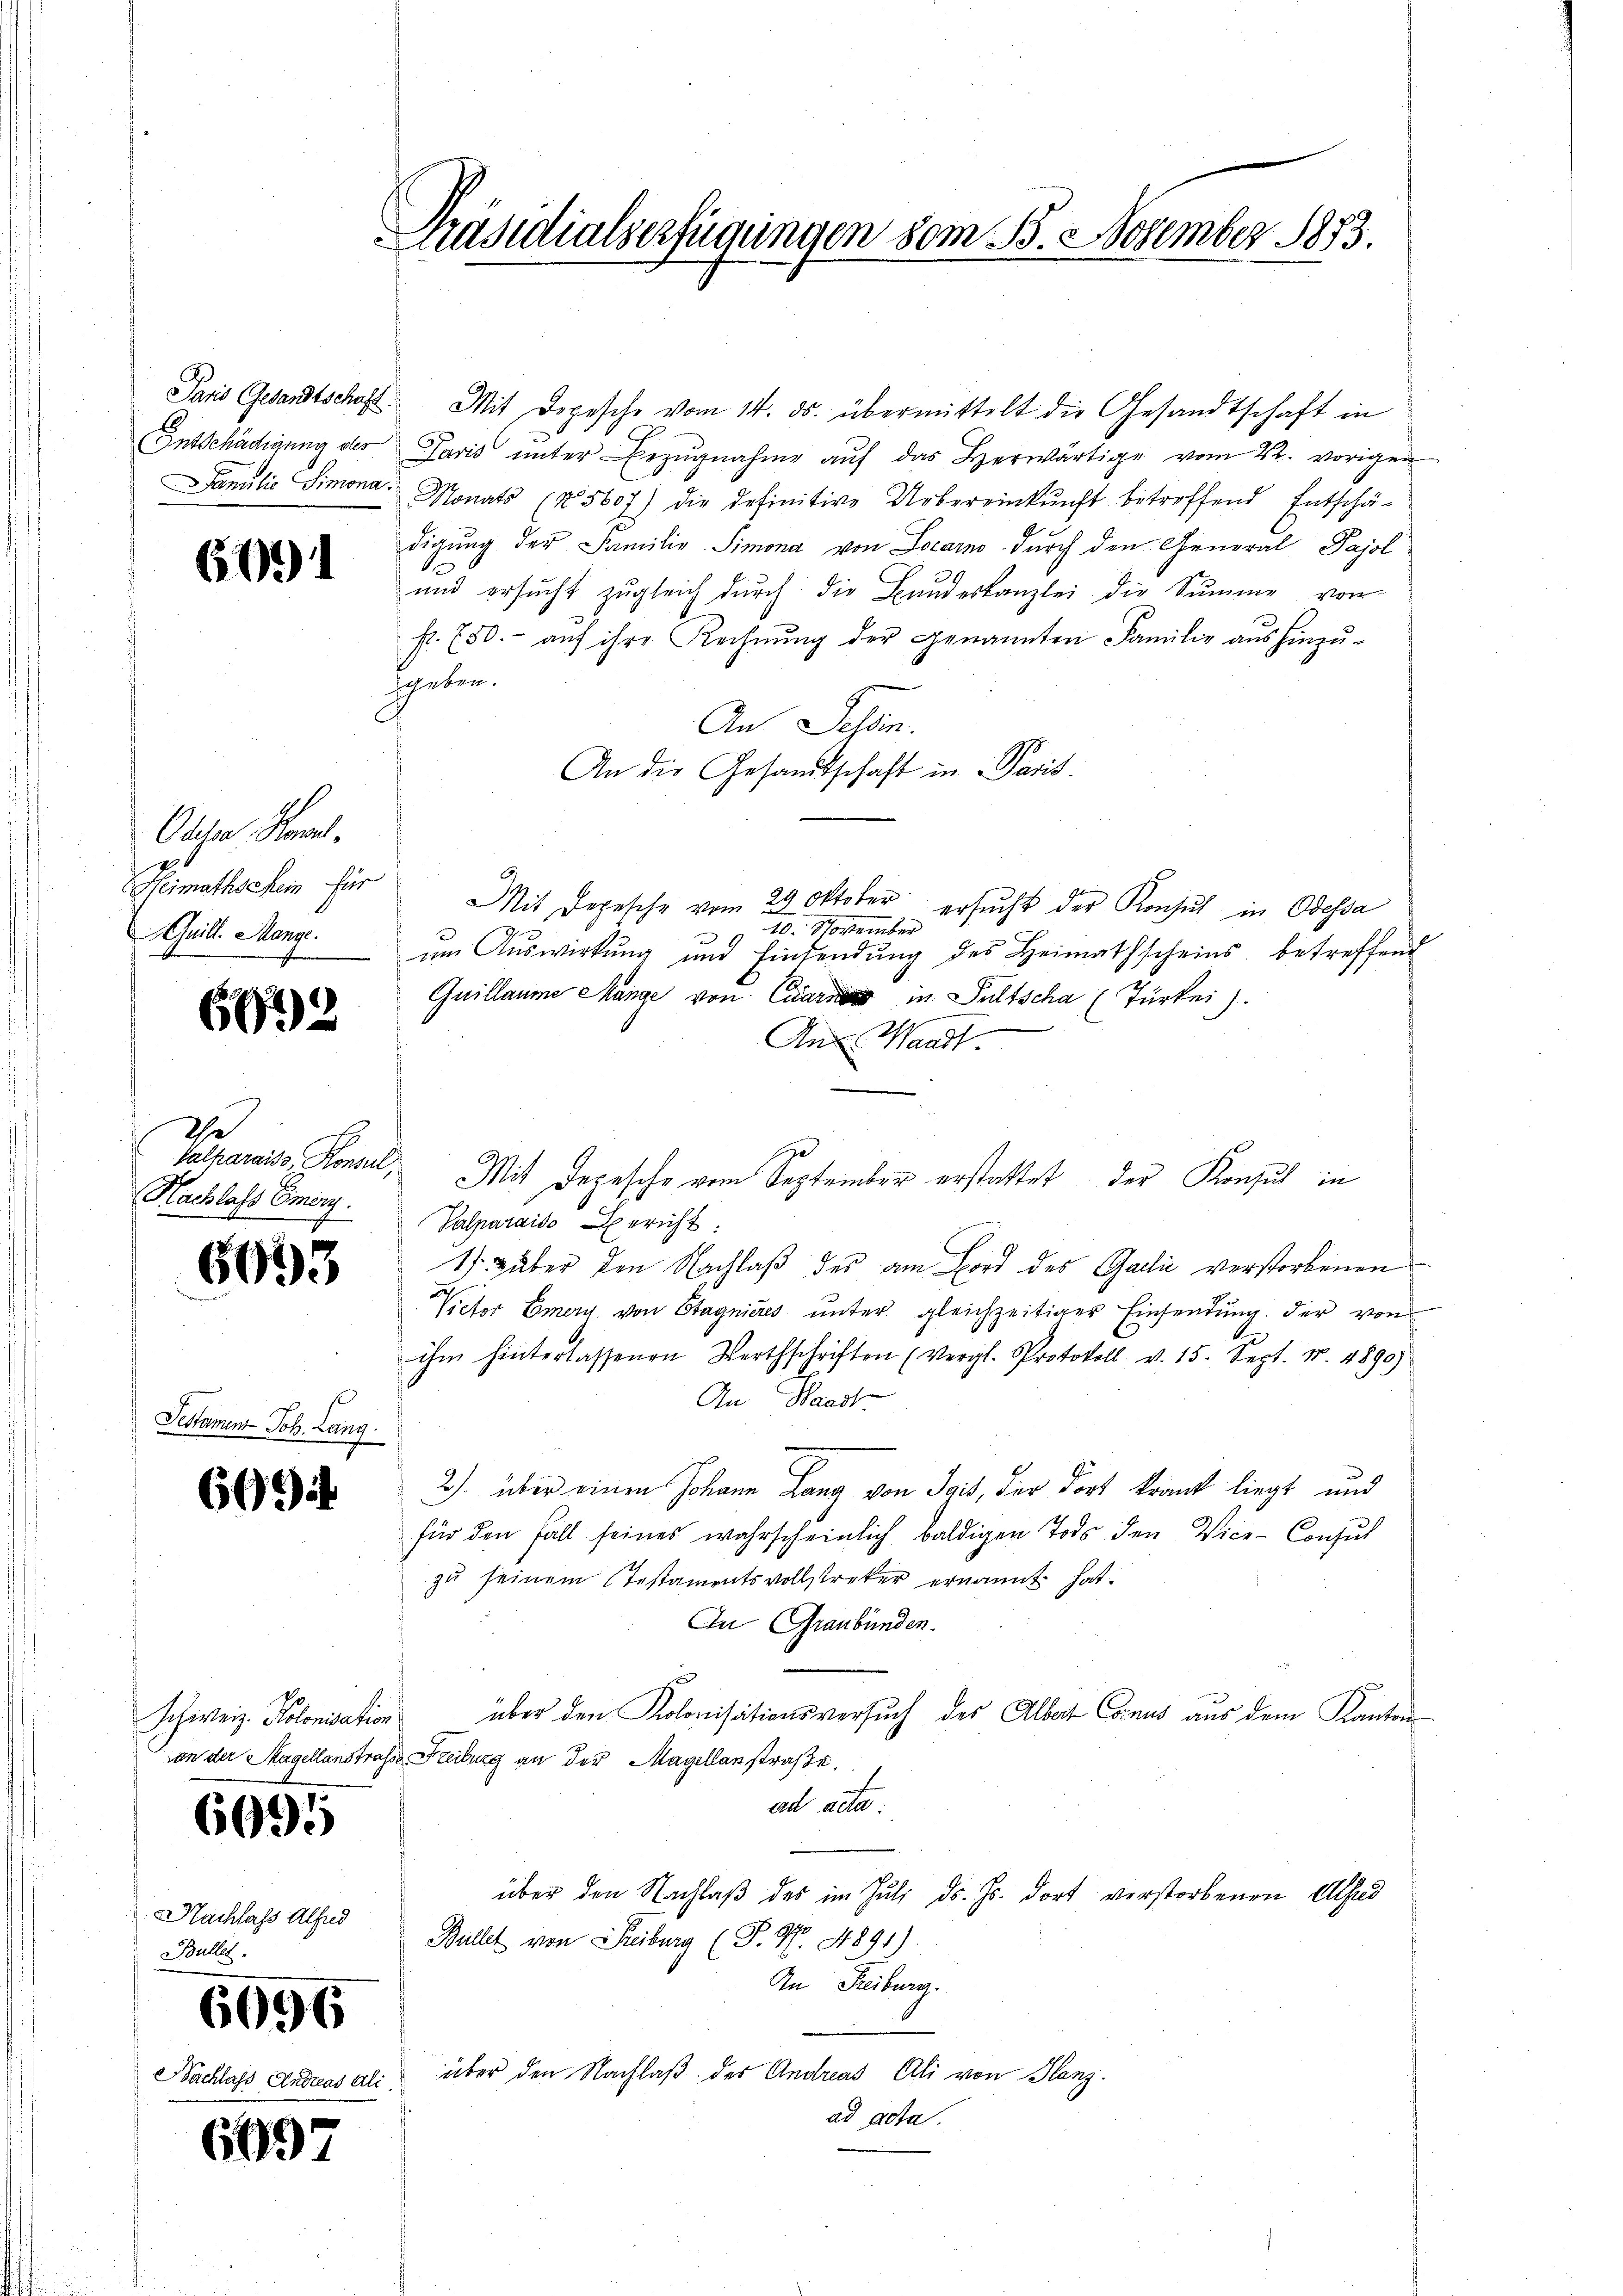
Paris Gesandtschaft.
Entschädigung des
Familie Simona

Desto

6091

Odeser Hammel,
Heimathschein für
Auill. Mange.
cssr

6012

The
Valparaiss, Konsul,
Nachlass Emory.

6693

4 Joh. Lang.

6094

Schweiz. Kolonisation
von der Sagellanstraf.

6095

Nachlass Alfred
Bullet.

6696

Nachlass Andreas Ali

6097

Präsidialserfügungen vom 3. November 1873.

Mit Depesche vom 14. ds. übermittelt die Gesandtschaft in
Pavis ŭnter Bezŭgnahme aŭf das herwärtige vom 22. vorigen
Monats (5607) die definitive Uebereinkunft betreffend Entschä-
digung der Familie Simona von Locarn durch den General Pajol
und ersŭcht zŭgleich dŭrch die Bandeskanzlei die Summe von
f. (50.- auf ihre Rechnung der genannten Familie aus hinzu-
hgeben.
An Schön.
An die Gesandtschaft in Paris
Mit Depesche vom 29. Oktober ersŭcht der Konsul in Odessa
10. November
um Auswirkung und Einsendŭng des Heimathscheins betreffend
Quillaume Mänge von Carn in Pultscha (Türkei
An Waadt
ge
Mit Depesche vom September erstattet der Konsul in
Valparaiso Bericht
1 über den Nachlaß des am Bord des Gaić verstorbenen
es
lictor Emery von Stagnieres unter gleichzeitiger Einsendung der von
ihm hinterlassenen Werthschriften (vergl. Protokoll v. 15. Sept. Nr. 4890)
An Waadt
2) über einen Johann Lang von Jais, der dort krank liegt und
für den Fall seines wahrscheinlich baldigen Todes den Vice-Consul
zu seinem Testamentsvollstreker ernannt hat.
In Graubünden.
über den Kolonisationsversuch des Albert Conus aus dem Kantons¬
Freiburg an der Magellanstraße.
ad acta
über den Nachlaβ des im Juli d. Js. dort verstorbenen Alfred
g
Bullet von Freiburg (P. Nr. 4891)
An Freiburg.
über den Nachlaß des Andreas Ali von Glanz
ad acta.